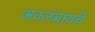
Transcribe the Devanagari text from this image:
अवलंबायचे